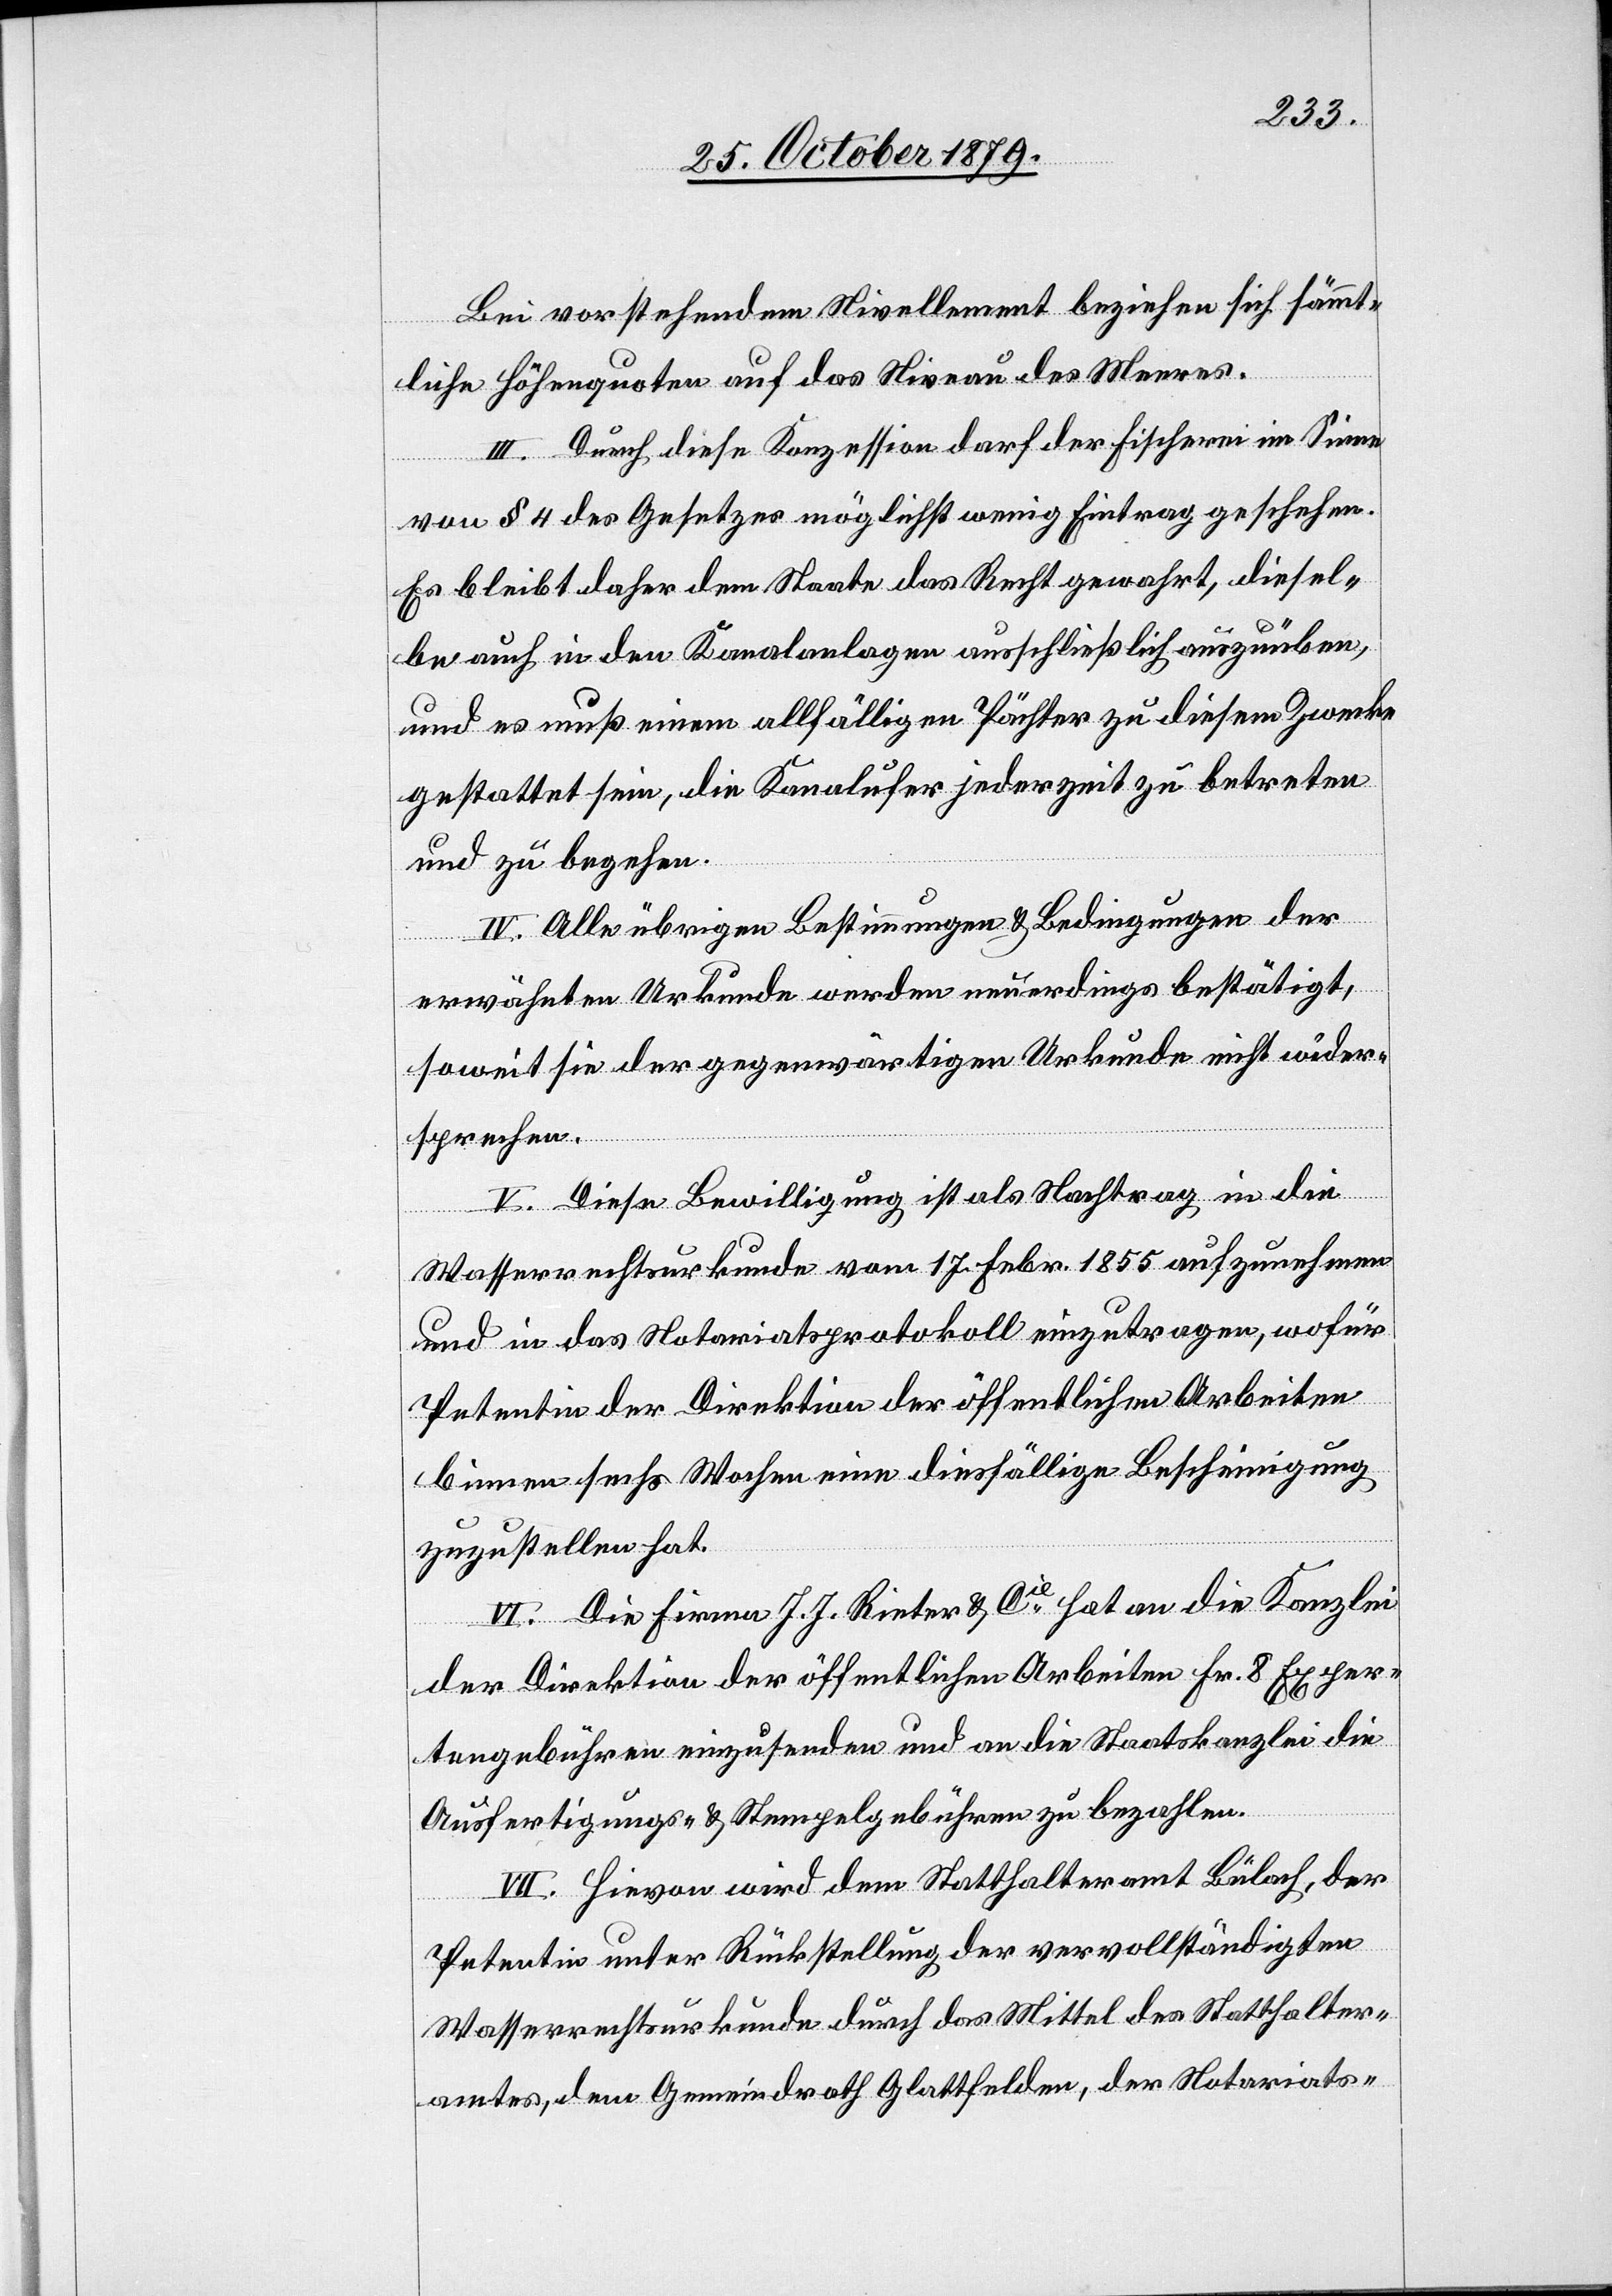
Bei vorstehendem Nivellement beziehen sich sämmt¬
liche Höhenquoten auf das Niveau des Meeres.
III. Durch diese Konzession darf der Fischerei im Sinne
von § 4 des Gesetzes möglichst wenig Eintrag geschehen.
Es bleibt daher dem Staate das Recht gewahrt, diesel¬
be auch in den Kanalanlagen ausschließlich auszuüben,
und es muß einem allfälligen Pächter zu diesem Zwecke
gestattet sein, die Kanalufer jederzeit zu betreten
und zu begehen.
IV. Alle übrigen Bestimmungen & Bedingungen der
erwähnten Urkunde wurden neuerdings bestätigt,
soweit sie der gegenwärtigen Urkunde nicht wider¬
sprechen.
V. Diese Bewilligung ist als Nachtrag in die
Wasserrechtsurkunde vom 17. Febr. 1855 aufzunehmen
und in das Notariatsprotokoll einzutragen, wofür
Petentin der Direktion der öffentlichen Arbeiten
binnen sechs Wochen eine diesfällige Bescheinigung
zuzustellen hat.
VI. Die Firma J. J. Rieter & Cie hat an die Kanzlei
der Direktion der öffentlichen Arbeiten Fr. 8 Exper¬
tengebühren einzusenden und an die Staatskanzlei die
Ausfertigungs- & Stempelgebühren zu bezahlen.
VII. Hievon wird dem Statthalteramt Bülach, der
Petentin unter Rückstellung der vervollständigten
Wasserrechtsurkunde durch das Mittel des Statthalter¬
amtes, dem Gemeindrath Glattfelden, der Notariats-